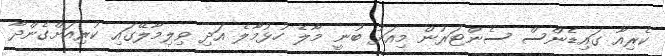
ކެރިއާ ގައިޑެންސް ސެންޓަރުން މިއަދު ބުނީ މާލެ ހުޅުމާލެ އަދި ވިލިމާލޭގައި ކުރިއަށްގެންދާ